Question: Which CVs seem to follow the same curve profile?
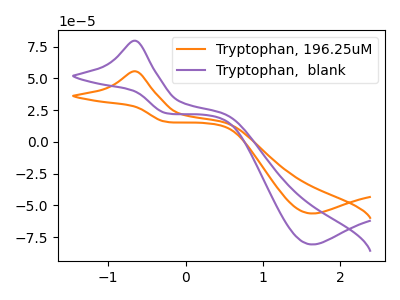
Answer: <think>The orange curve "Tryptophan, 196.25uM" has an anodic peak at (-0.65V, 55.55uA) and a cathodic peak at (1.65V, -56.30uA). The purple curve "Tryptophan,  blank" has an anodic peak at (-0.65V, 79.60uA) and a cathodic peak at (1.65V, -80.70uA).
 All the peaks in "Tryptophan, 196.25uM" have a peak in "Tryptophan,  blank" at the same potential. Every peak in "Tryptophan, 196.25uM" is lower than every peak in "Tryptophan,  blank".</think>
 <answer>"Tryptophan, 196.25uM" and "Tryptophan,  blank" have the same shape and are likely CV's of the same chemical.</answer>
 <eval>"Tryptophan, 196.25uM" "Tryptophan,  blank"</eval>